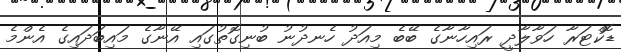
ޑޮކްޓަރާ ހަވާލާދީ ރައިހާނާގެ ބޭބެ މިއަދު ހެނދުނު ބުނިގޮތުގައި އޭނާގެ މައިބަދައިގެ އެންމެ